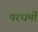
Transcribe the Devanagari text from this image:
परधर्मो